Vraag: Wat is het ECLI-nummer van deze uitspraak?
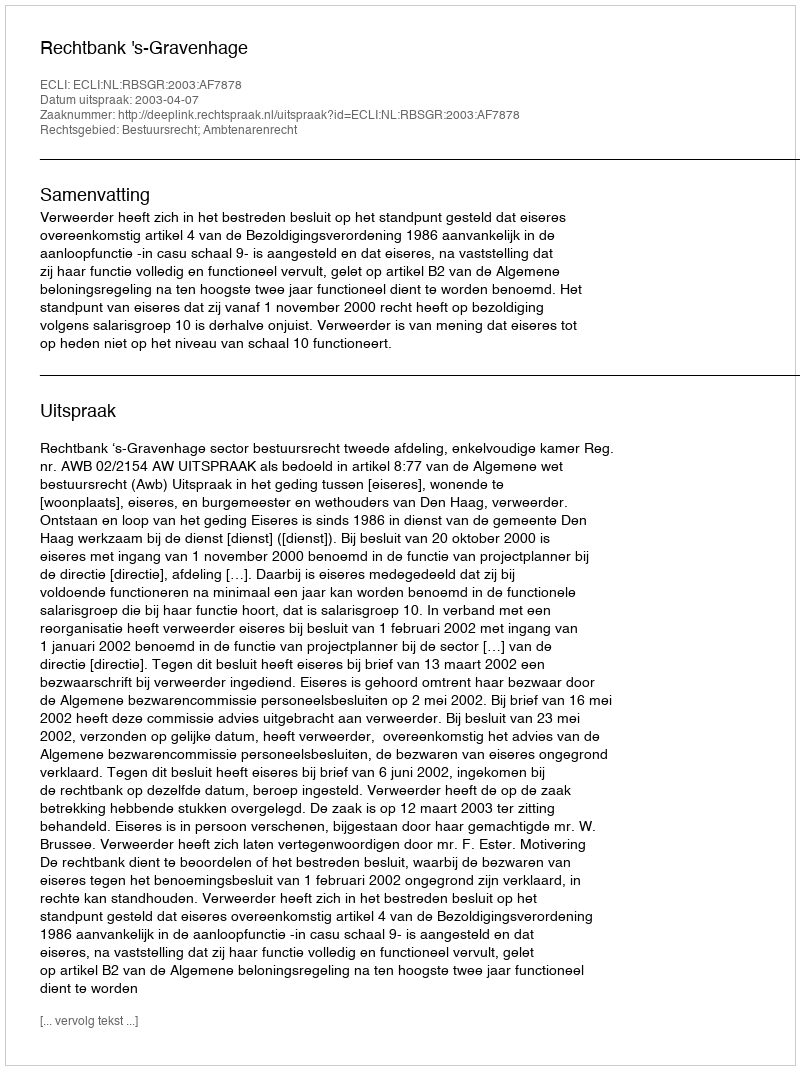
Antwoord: ECLI:NL:RBSGR:2003:AF7878